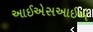
આઈએસઆઈએ